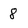
Character: 8